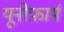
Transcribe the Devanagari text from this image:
यूनीफ़ार्म